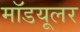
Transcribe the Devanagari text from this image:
मॉडयूलर